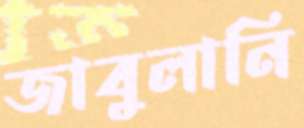
জাবুলানি